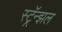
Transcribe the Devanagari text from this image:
स्ट्रॅन्झल